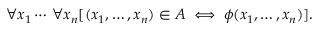
\forall x _ { 1 } \cdots \, \forall x _ { n } [ ( x _ { 1 } , \ldots , x _ { n } ) \in A \iff \phi ( x _ { 1 } , \ldots , x _ { n } ) ] .